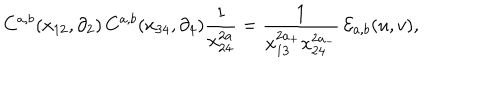
LaTeX: C ^ { a , b } ( x _ { 1 2 } , \partial _ { 2 } ) \, C ^ { a , b } ( x _ { 3 4 } , \partial _ { 4 } ) \frac { 1 } { x _ { 2 4 } ^ { 2 a } } = \frac { 1 } { x _ { 1 3 } ^ { 2 a _ { + } } x _ { 2 4 } ^ { 2 a _ { - } } } \, { \cal { E } } _ { a , b } ( u , v ) ,